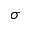
\sigma